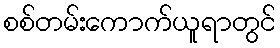
စစ်တမ်းကောက်ယူရာတွင်